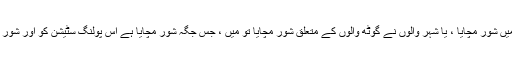
٭- اگر جعلی پولنگ کو بنیاد بنا کر گوٹھ والوں نے شہر میں شور مچایا ، یا شہر والوں نے گوٹھ والوں کے متعلق شور مچایا تو میں ، جس جگہ شور مچایا ہے اُس پولنگ سٹیشن کو اور شور مچانے والوں کے چار پولنگ سٹیشن کو بند کروادوں گا ۔